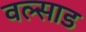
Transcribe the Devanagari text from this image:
वल्साड